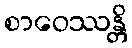
စာဝေဿန္တိ